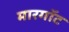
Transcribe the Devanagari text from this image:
मारगॉट